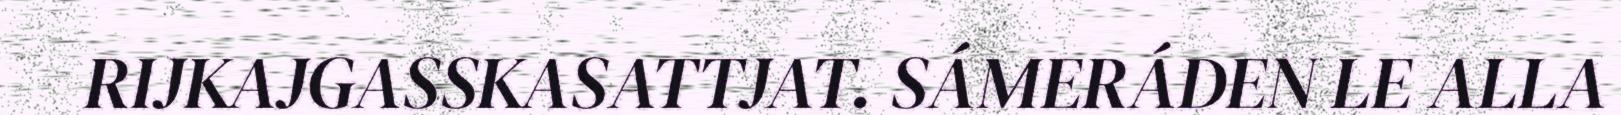
RIJKAJGASSKASATTJAT. SÁMERÁDEN LE ALLA